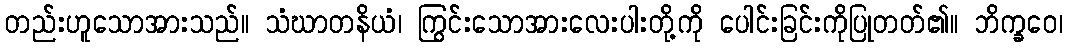
တည်းဟူသောအားသည်။ သံဃာတနိယံ၊ ကြွင်းသောအားလေးပါးတို့ကို ပေါင်းခြင်းကိုပြုတတ်၏။ ဘိက္ခဝေ၊